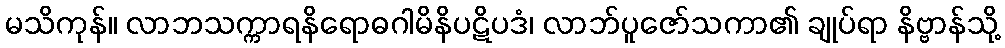
မသိကုန်။ လာဘသက္ကာရနိရောဓဂါမိနိပဋိပဒံ၊ လာဘ်ပူဇော်သကာ၏ ချုပ်ရာ နိဗ္ဗာန်သို့